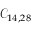
\mathcal { C } _ { 1 4 , 2 8 }